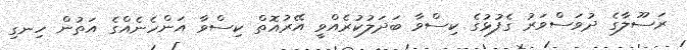
ރަސޫލާގެ ދުވަސްވަރު ގެފުޅުގެ ކިސްވާ ބަދަލުކުރެއްވީ އޭރުއޮތް ކިސްވާ އަންހެނެއްގެ އަތުން ހިނގި